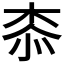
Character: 𣑰